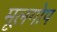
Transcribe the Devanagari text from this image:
मूलगोप